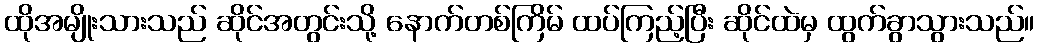
ထိုအမျိုးသားသည် ဆိုင်အတွင်းသို့ နောက်တစ်ကြိမ် ထပ်ကြည့်ပြီး ဆိုင်ထဲမှ ထွက်ခွာသွားသည်။